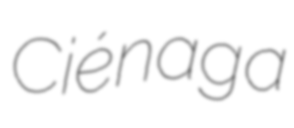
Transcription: Ciénaga